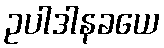
ဥပါဒါနခယေ